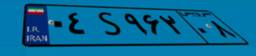
۰۴S۹۶۲۰۸